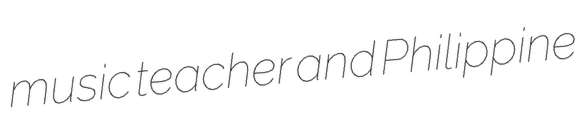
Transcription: music teacher and Philippine